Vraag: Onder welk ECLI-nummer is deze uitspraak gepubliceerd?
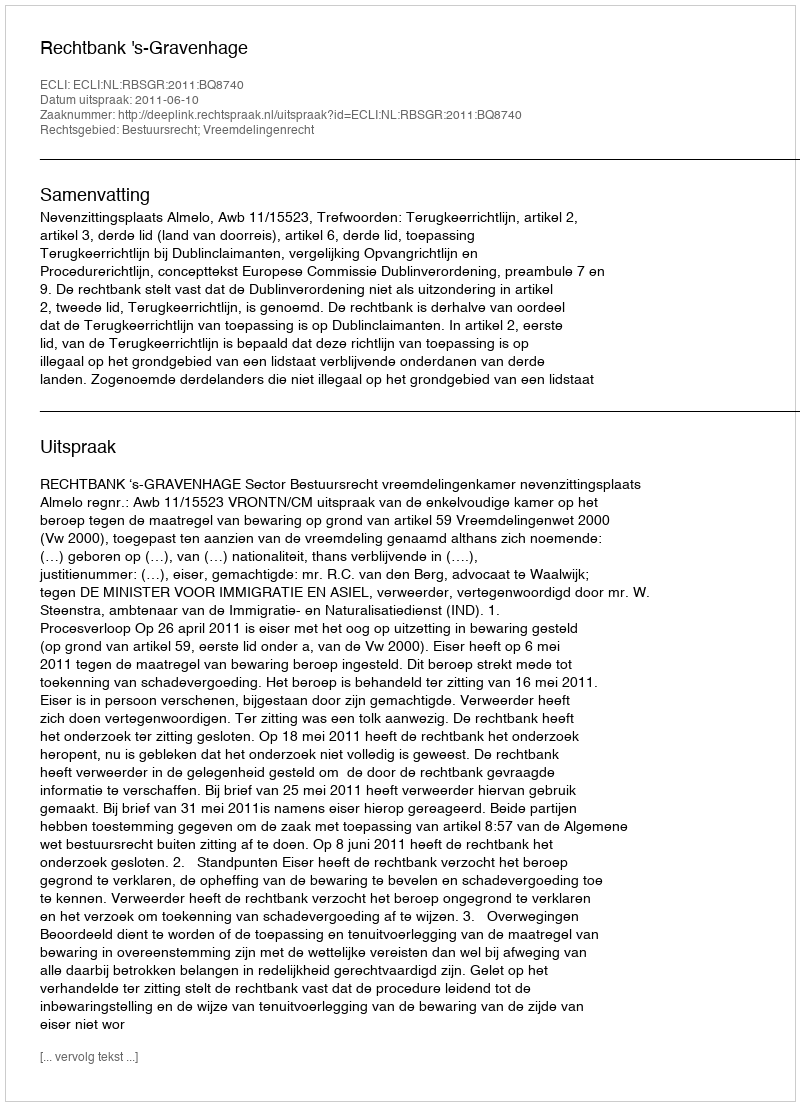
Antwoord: ECLI:NL:RBSGR:2011:BQ8740